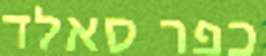
כפר סאלד